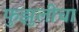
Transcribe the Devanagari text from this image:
फुझुलीचा